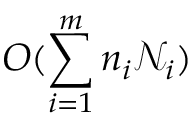
O ( \sum _ { i = 1 } ^ { m } n _ { i } \mathcal { N } _ { i } )